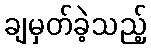
ချမှတ်ခဲ့သည့်